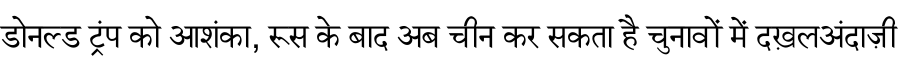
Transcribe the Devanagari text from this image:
डोनल्ड ट्रंप को आशंका, रूस के बाद अब चीन कर सकता है चुनावों में दख़लअंदाज़ी